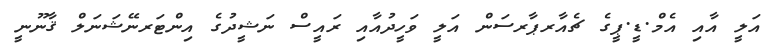
އަލީ އާއި އެމް.ޑީ.ޕީގެ ޗެއާރޕާރސަން އަލީ ވަހީދުއާއި ރައީސް ނަޝީދުގެ އިންޓަރނޭޝަނަލް ޤާނޫނީ